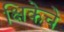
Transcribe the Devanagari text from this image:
क्षिकेचे